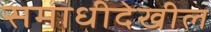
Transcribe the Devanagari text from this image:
समाधीदेखील